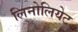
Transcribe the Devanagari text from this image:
लिनोलियेट